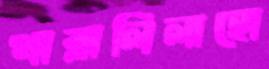
খাব্‌লালিলাহো